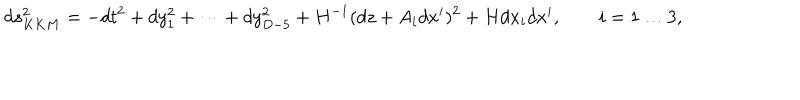
LaTeX: d s _ { K K M } ^ { 2 } = - d t ^ { 2 } + d y _ { 1 } ^ { 2 } + \dots + d y _ { D - 5 } ^ { 2 } + H ^ { - 1 } ( d z + A _ { i } d x ^ { i } ) ^ { 2 } + H d x _ { i } d x ^ { i } , \qquad i = 1 \dots 3 ,